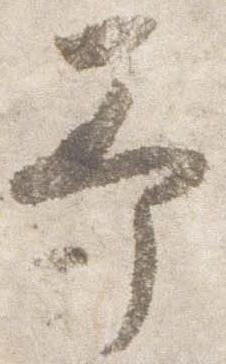
予